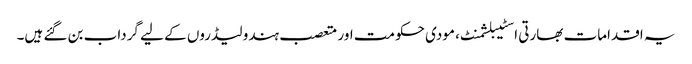
یہ اقدامات بھارتی اسٹیبلشمنٹ، مودی حکومت اور متعصب ہندو لیڈروں کے لیے گرداب بن گئے ہیں۔